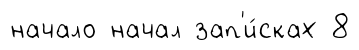
начало начал зап'и́сках 8